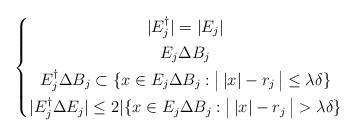
LaTeX: \begin{align*} \left\{ \begin{gathered}|E_j^\dagger|=|E_j|\\E_j\Delta B_j \\E_j^\dagger\Delta B_j\subset\{x\in E_j\Delta B_j:\big|\,|x|-r_j\,\big|\leq \lambda\delta\}\\|E_j^\dagger\Delta E_j|\leq2|\{x\in E_j\Delta B_j: \big|\,|x|-r_j\,\big|> \lambda\delta\}\end{gathered} \right. \end{align*}